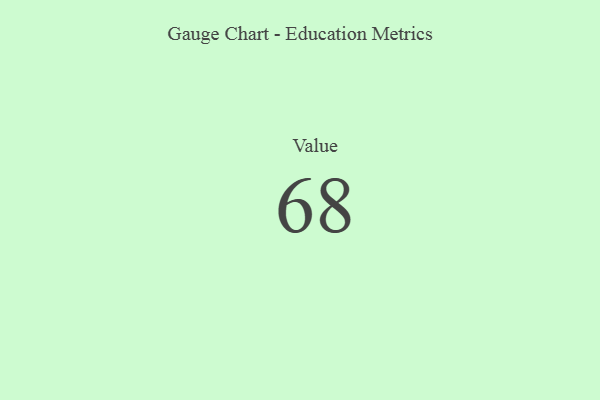
{"axis": {"x": "Metric", "y": "Value"}, "legend": [""], "data": [{"x": "Value", "y": 68, "type": ""}]}